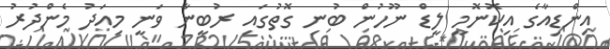
އިންޑިއާގެ އިކޮނޮމީ ލީޑް ނޫހުން ބުނި ގޮތުގައި ރުބީނާ ވަނީ މިއަދު މެންދުރު